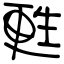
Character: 甦